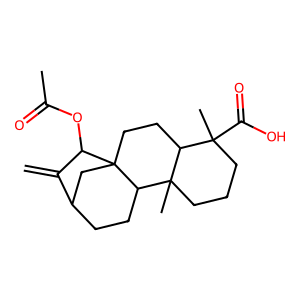
SMILES: C=C1C2CCC3C4(C)CCCC(C)(C(=O)O)C4CCC3(C2)C1OC(C)=O
Inhibits HIV replication: Yes